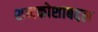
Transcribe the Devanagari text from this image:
शब्दकोशाबद्दल